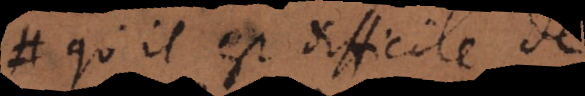
qu’il est difficile de